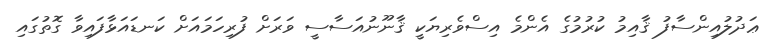
ޢަދުލުއިންސާފު ޤާއިމު ކުރުމުގެ އެންމެ އިސްވެރިޔަކީ ޤާނޫނުއަސާސީ ވަރަށް ފުރިހަމައަށް ކަނޑައަޅާފައިވާ ގޮތުގައި